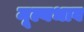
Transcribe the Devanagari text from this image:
मूल्यभाव